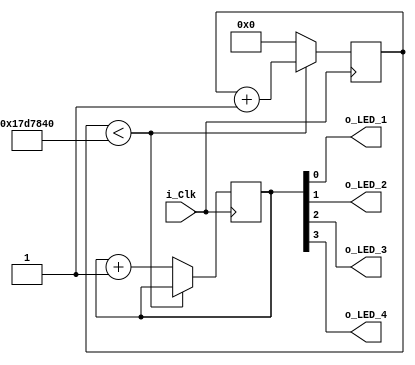
module blinky #(
    parameter CLK_FREQ = 25_000_000
) (
    input wire i_Clk,
    output wire o_LED_1,
    output wire o_LED_2,
    output wire o_LED_3,
    output wire o_LED_4
);
    reg [$clog2(CLK_FREQ)-1:0] counter=0;
    reg [3:0] leds=0;
    always@(posedge i_Clk)begin
        if(counter<CLK_FREQ)begin
            counter <= counter +1;
            leds <= leds;
        end
        else begin
            counter <=0;
            leds <= leds+1;
        end
    end
    
    assign {o_LED_4, o_LED_3, o_LED_2, o_LED_1} = leds;
    
endmodule